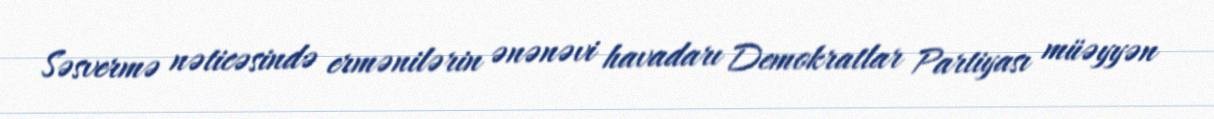
Səsvermə nəticəsində ermənilərin ənənəvi havadarı Demokratlar Partiyası müəyyən